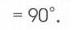
\(= 90^{\circ}\)